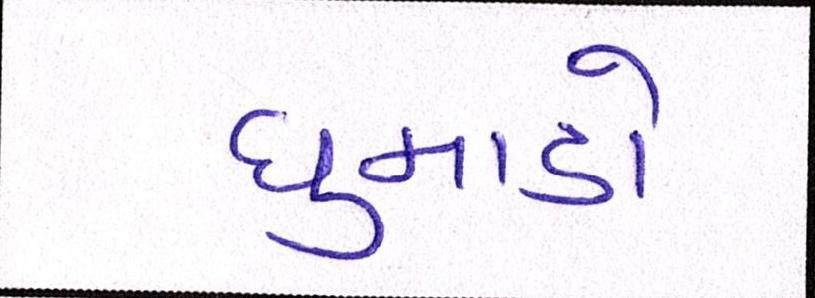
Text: ધુમાડો